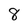
Character: 8